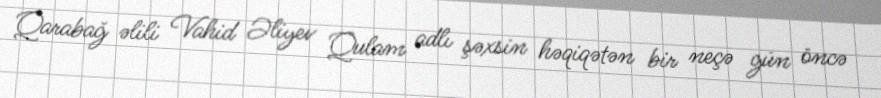
Qarabağ əlili Vahid Əliyev Qulam adlı şəxsin həqiqətən bir neçə gün öncə